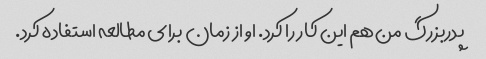
پدربزرگ من هم این کار را کرد. او از زمان برای مطالعه استفاده کرد.